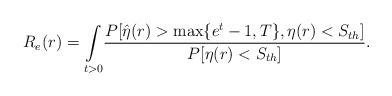
\begin{align*}R_e(r)=\underset{t>0}\int\frac{ P[\hat{\eta}(r)>\max\{e^t-1,T\},\eta(r)<S_{th}]}{{P[\eta(r)<S_{th}]}} .\end{align*}